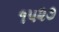
૧૫૨૭